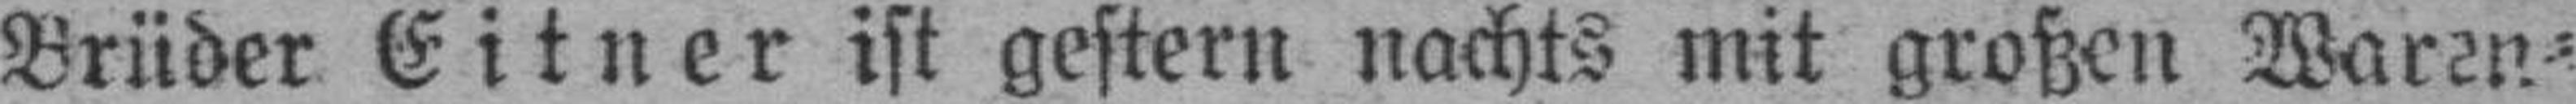
Brüder Eitner ist gestern nachts mit großen Waren¬